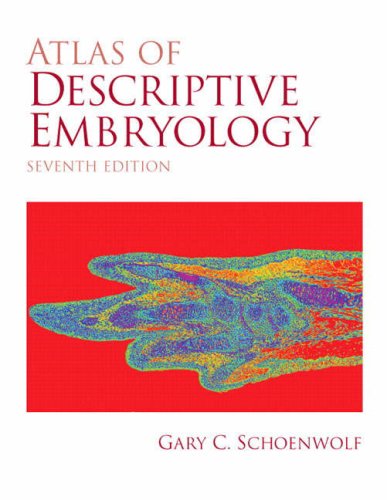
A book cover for Atlas of Descriptive Embryology (7th Edition); Gary C. Schoenwolf; Medical Books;